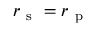
r _ { \mathrm { ~ s ~ } } = r _ { \mathrm { ~ p ~ } }